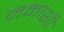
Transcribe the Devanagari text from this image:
नमाशी